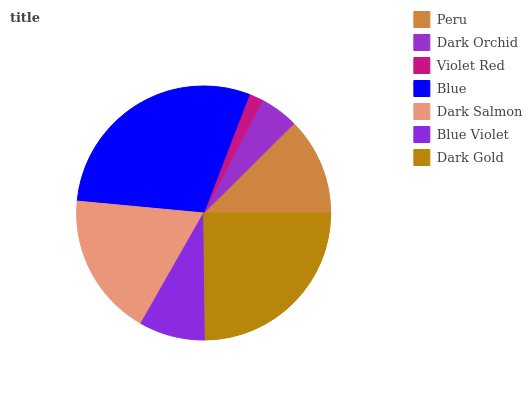
| Peru | Dark Orchid | Violet Red | Blue | Dark Salmon | Blue Violet | Dark Gold |
 | --- | --- | --- | --- | --- | --- | --- |
 | 12.4% | 4.89% | 1.83% | 29.4% | 18.3% | 8.42% | 24.8% |